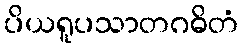
ပိယရူပသာတဂဓိတံ